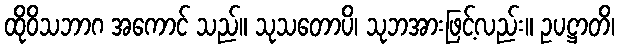
ထိုဝိသဘာဂ အကောင် သည်။ သုသတောပိ၊ သုဘအားဖြင့်လည်း။ ဥပဋ္ဌာတိ၊